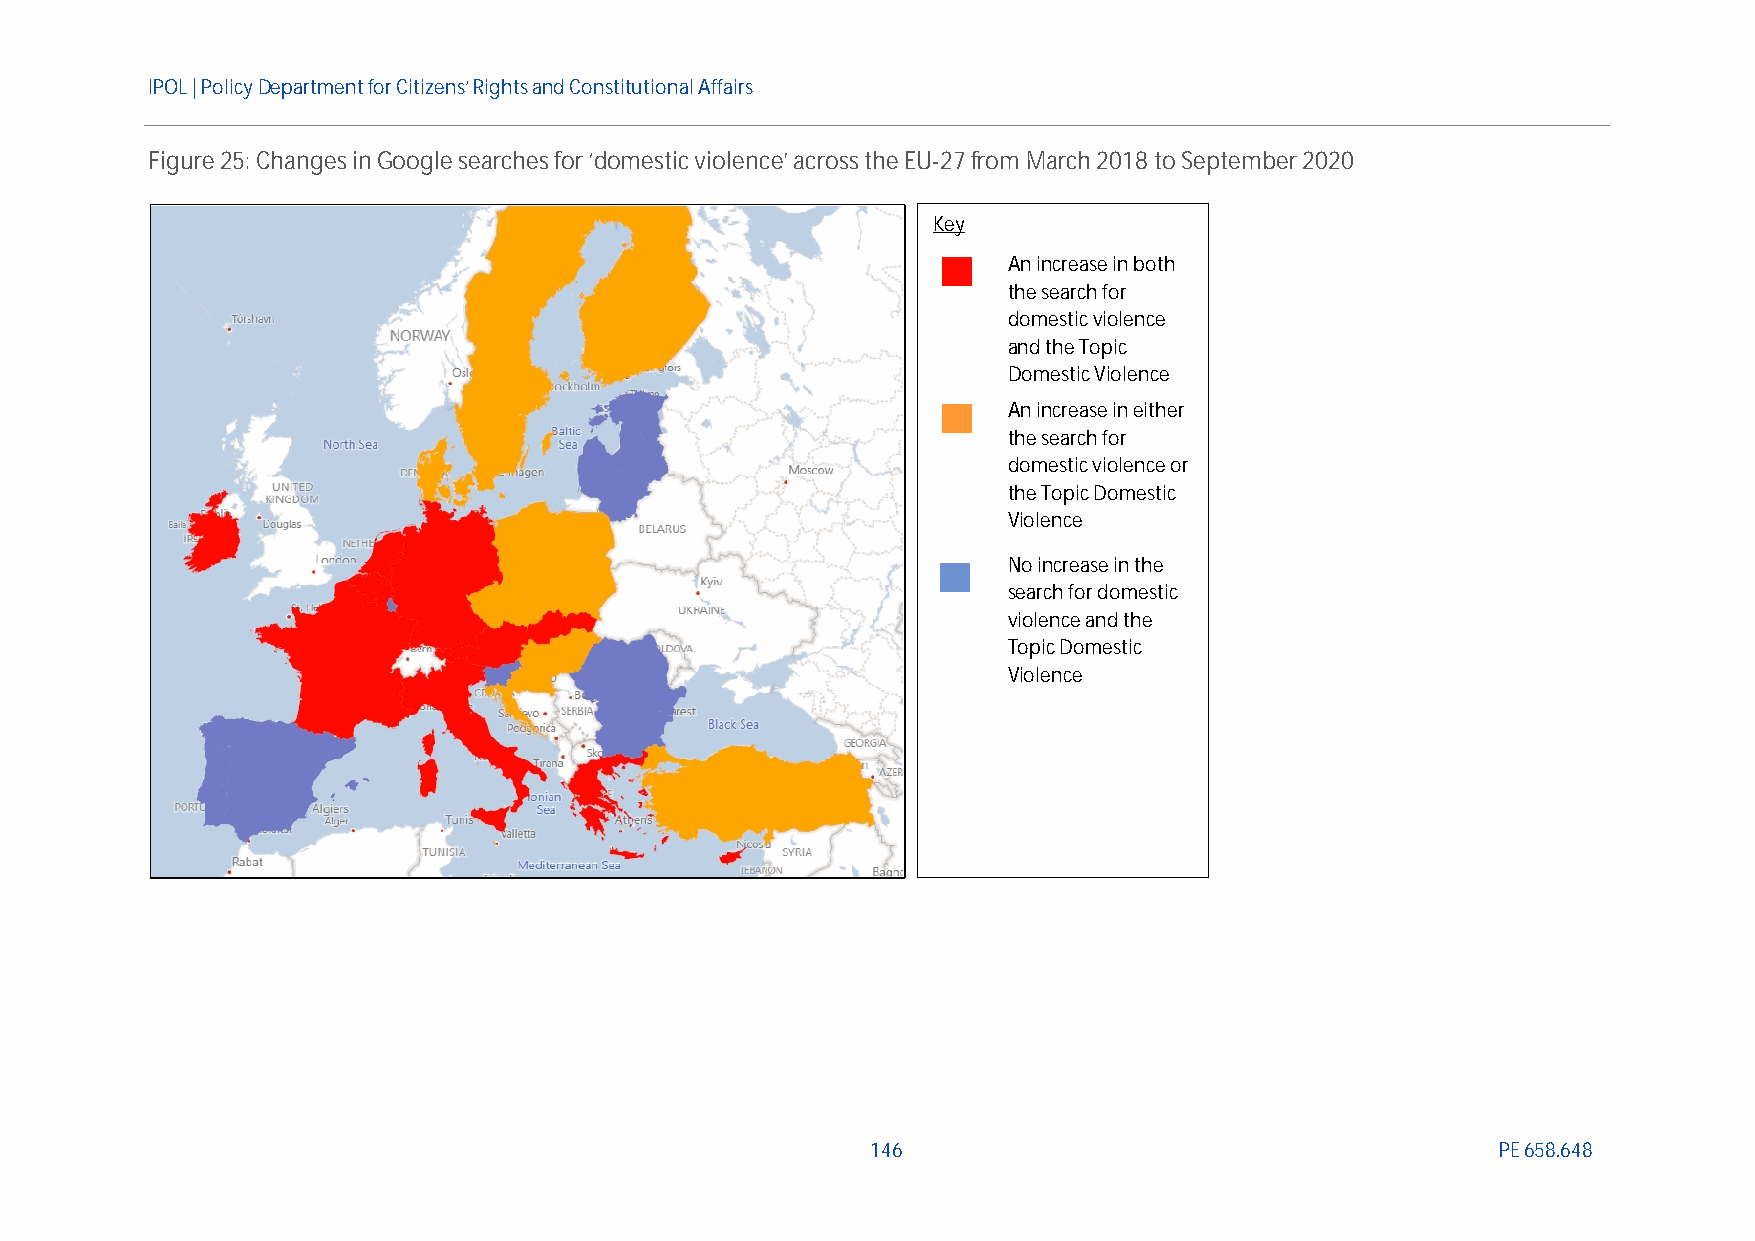
IPOL | PolicyDepartmentfor Citizens’ Rights and Constitutional Affairs
 Figure25:Changes inGoogle searchesfor‘domestic violence’acrosstheEU-27from March 2018 to September 2020
 Key
 An increase in both
 the search for
 domesticviolence
 and the Topic
 Domestic Violence
 An increase in either
 the search for
 domestic violence or
 the Topic Domestic
 Violence
 No increase in the
 search for domestic
 violence and the
 Topic Domestic
 Violence
 146                                      PE658.648